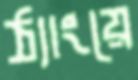
ঠ্যাংয়ে